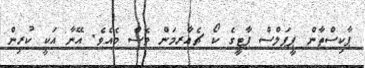
ޕާކިސްތާން ޕީޕަލްސް ޕާޓީގެ ކޯ ޗެއާރމަން ވެސް މެއެވެ. އޭނާ އަކީ ކުރިން